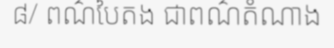
៨/ ពណ៌បៃតង ជាពណ៌តំណាង